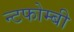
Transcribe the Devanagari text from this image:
न्टफोम्बी